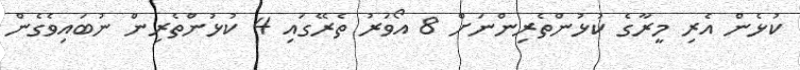
ކުޅެން އެރި މީރާގެ ކުޅުންތެރިންނަށް 8 އޯވަރު ތެރޭގައި 4 ކުޅުންތެރިން ނުބައިވެގެން